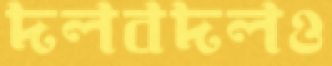
দলবদলও